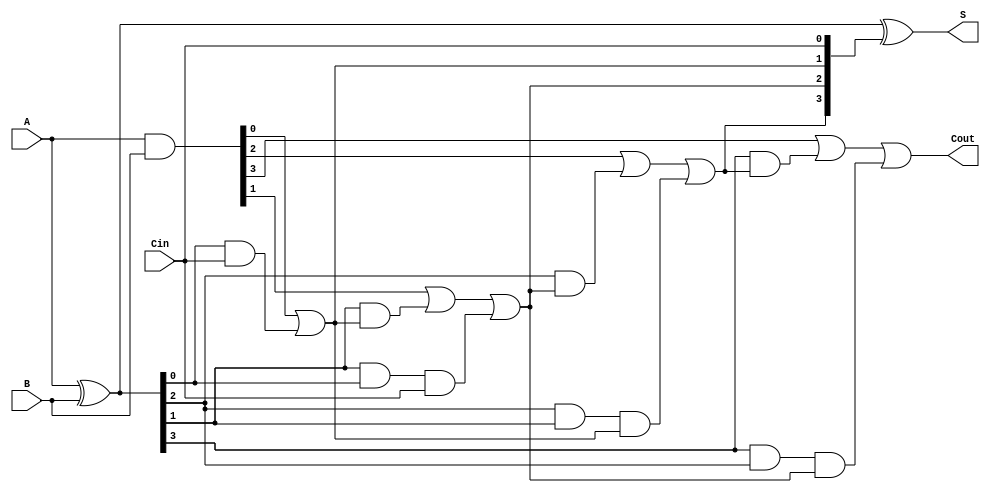
module CarryInLookaheadAdder #(
    parameter n = 4  // Bit width of A and B
)(
    input  [n-1:0] A,      // n-bit binary number A
    input  [n-1:0] B,      // n-bit binary number B
    input        Cin,       // Carry-in signal
    output [n-1:0] S,      // n-bit sum output
    output       Cout       // Carry-out signal
);

    wire [n-1:0] G;        // Generate signals
    wire [n-1:0] P;        // Propagate signals
    wire [n:0] C;          // Carry signals

    // Generate and propagate logic
    assign G = A & B;      // Generate: G[i] = A[i] AND B[i]
    assign P = A ^ B;      // Propagate: P[i] = A[i] XOR B[i]

    // Carry generation
    assign C[0] = Cin;     // C[0] = Cin
    genvar i;
    generate
        // Carry computation using lookahead logic
        for (i = 0; i < n; i = i + 1) begin : carry_gen
            if (i == 0) begin
                assign C[i+1] = G[i] | (P[i] & C[i]);
            end else begin
                assign C[i+1] = G[i] | (P[i] & C[i]) | (P[i] & P[i-1] & C[i-1]);
            end
        end
    endgenerate

    // Sum calculation
    assign S = P ^ C[n-1:0]; // S[i] = P[i] XOR C[i]

    // Carry-out signal
    assign Cout = C[n];      // Cout = C[n]

endmodule